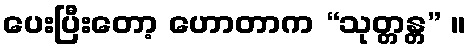
ပေးပြီးတော့ ဟောတာက “သုတ္တန္တ” ။